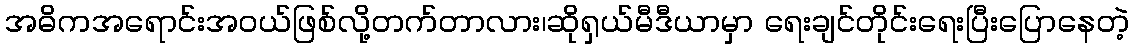
အဓိကအရောင်းအဝယ်ဖြစ်လို့တက်တာလား၊ဆိုရှယ်မီဒီယာမှာ ရေးချင်တိုင်းရေးပြီးပြောနေတဲ့